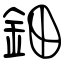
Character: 鈿